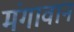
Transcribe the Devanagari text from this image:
मंगावान